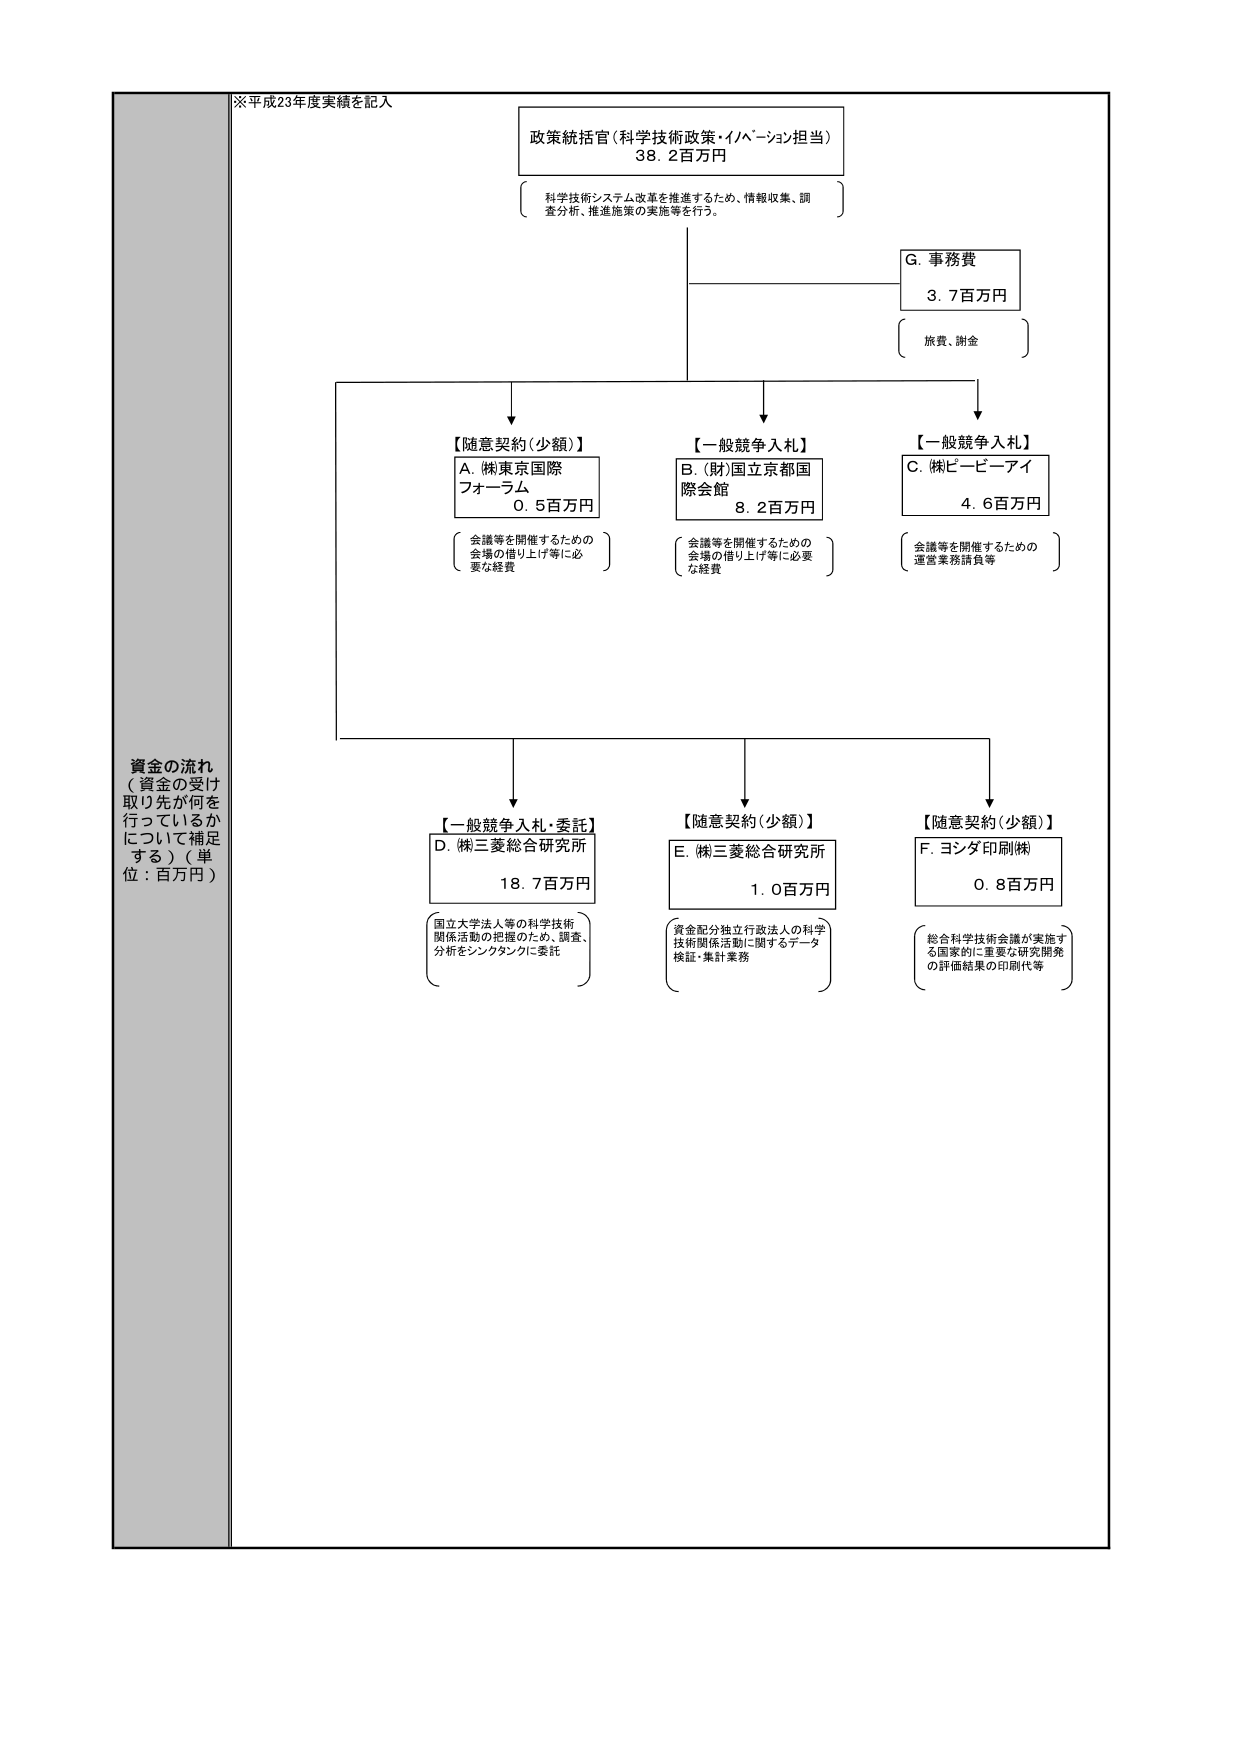
※平成23年度実績を記入

政策統括官（科学技術政策・イノベーション担当）
38.2百万円
（科学技術システム改革を推進するため、情報収集、調査分析、推進施策の実施等を行う。）

G. 事務費
3.7百万円
（旅費、謝金）

【随意契約（少額）】
A. （株）東京国際フォーラム
0.5百万円
（会議等を開催するための会場の借り上げ等に必要な経費）

【一般競争入札】
B. （財）国立京都国際会館
8.2百万円
（会議等を開催するための会場の借り上げ等に必要な経費）

【一般競争入札】
C. （株）ヒービーアイ
4.6百万円
（会議等を開催するための運営業務請負等）

【一般競争入札・委託】
D. （株）三菱総合研究所
18.7百万円
（国立大学法人等の科学技術関係活動の把握のため、調査、分析をシンクタンクに委託）

【随意契約（少額）】
E. （株）三菱総合研究所
1.0百万円
（資金配分独立行政法人の科学技術関係活動に関するデータ検証・集計業務）

【随意契約（少額）】
F. ヨシダ印刷（株）
0.8百万円
（総合科学技術会議が実施する国家的に重要な研究開発の評価結果の印刷代等）

資金の流れ
（資金の受け取り先が何を行っているかについて補足する）（単位：百万円）